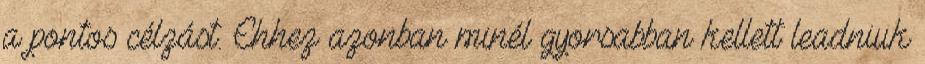
a pontos célzást. Ehhez azonban minél gyorsabban kellett leadniuk